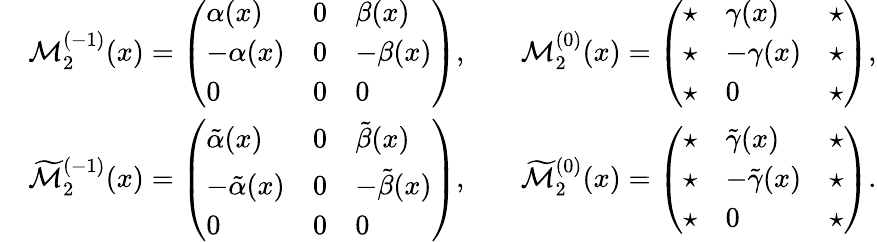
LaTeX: \begin{array}{rlrl}&{\mathcal{M}_{2}^{(-1)}(x)=\left(\begin{array}{lll}{\alpha(x)}&{0}&{\beta(x)}\\ {-\alpha(x)}&{0}&{-\beta(x)}\\ {0}&{0}&{0}\end{array}\right),}&&{\mathcal{M}_{2}^{(0)}(x)=\left(\begin{array}{lll}{\star}&{\gamma(x)}&{\star}\\ {\star}&{-\gamma(x)}&{\star}\\ {\star}&{0}&{\star}\end{array}\right),}\\ &{\widetilde{\mathcal{M}}_{2}^{(-1)}(x)=\left(\begin{array}{lll}{\tilde{\alpha}(x)}&{0}&{\tilde{\beta}(x)}\\ {-\tilde{\alpha}(x)}&{0}&{-\tilde{\beta}(x)}\\ {0}&{0}&{0}\end{array}\right),}&&{\widetilde{\mathcal{M}}_{2}^{(0)}(x)=\left(\begin{array}{lll}{\star}&{\tilde{\gamma}(x)}&{\star}\\ {\star}&{-\tilde{\gamma}(x)}&{\star}\\ {\star}&{0}&{\star}\end{array}\right).}\end{array}